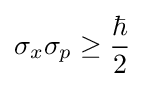
\sigma _{x}\sigma _{p}\geq {\frac {\hbar }{2}}